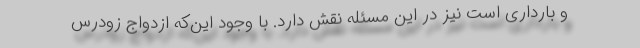
و بارداری است نیز در این مسئله نقش دارد. با وجود این‌که ازدواج زودرس